Annual statistical returns and brief notes on vaccination in Bengal - 1887-1898
Year: 1887
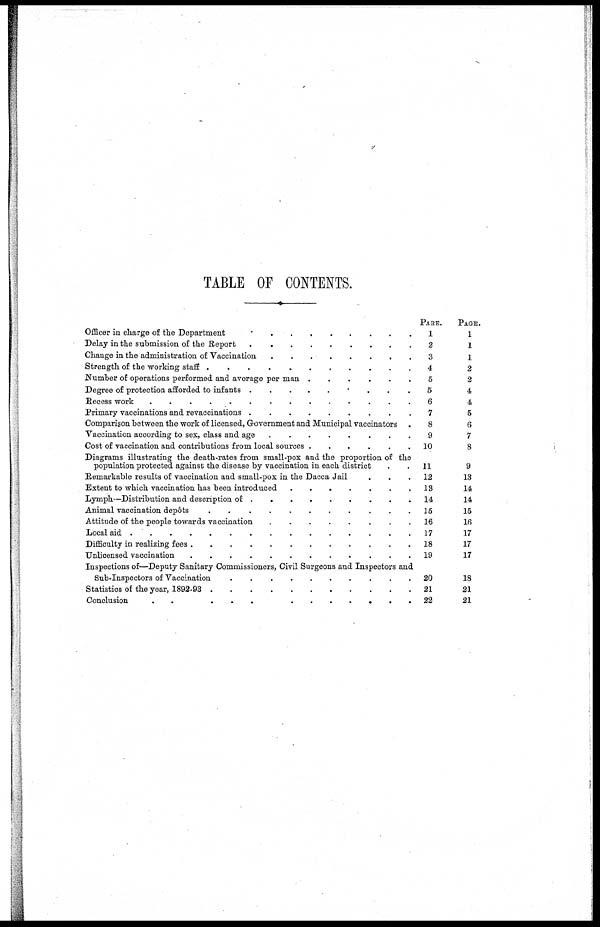
TABLE OF CONTENTS.
Officer in charge of the Department . . . . . . . . . .
Delay in the submission of the Report . . . . . . . . . .
Change in the administration of Vaccination . . . . . . . . . .
Strenth of the working staff . . . . . . . . . .
Number of operation performed and average per man . . . . . . . . . .
Degree of protection afforded to infants . . . . . . . . . .
Recess work . . . . . . . . . .
Primary vaccinations and revaccinations . . . . . . . . . .
Comparison between the work of licensed, Government and Municipal vaccinators
Vaccination according to sex, class and age . . . . . . . . . .
Cost of vaccination and contributions from local sources . . . . . . . . . .
Diagrams illustrating the death-rates from small-pox and the proportion of the
population protected against the disease by vaccination in each district . . . . . . . . . .
Remarkable results of vaccination and small-pox in the Dacca Jail . . .
Extent to which vaccination has been introduced . . . . . . . . . .
Lymph— Distribution and description of . . . . . . . . . .
Animal vaccination depôts . . . . . . . . . .
Attitude of the people towards vaccination . . . . . . . . . .
Local aid . . . . . . . . . .
Difficulty in realizing fees . . . . . . . . . .
Unlicensed vaccination . . . . . . . . . .
Inspections of—Deputy Sanitary Commissioners, Civil Surgeons and Inspectors and
Sub-Inspectors of Vaccination . . . . . . . . . . .
Statistics of the year, 1892-93 . . . . . . . . . . .
Conclusion
.
.
.
.
.
.
.
.
.
.
.
PARE.
1
2
3
4
5
5
6
7
8
9
10
11
12
13
14
15
16
17
18
19
20
21
22
PAGE.
1
1
1
2
2
4
4
5
6
7
8
9
13
14
14
15
16
17
17
17
18
21
21